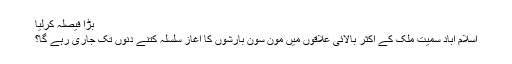
بڑا فیصلہ کرلیا
اسلام آباد سمیت ملک کے اکثر بالائی علاقوں میں مون سون بارشوں کا آغاز سلسلہ کتنے دنوں تک جاری رہے گا؟